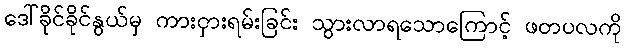
ဒေါ်ခိုင်ခိုင်နွယ်မှ ကားငှားရမ်းခြင်း သွားလာရသောကြောင့် ဖတပလကို